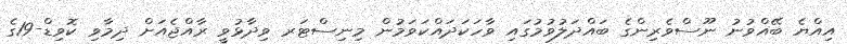
އިއްޔެ ބޭއްވުނު ނޫސްވެރިންގެ ބައްދަލުވުމުގައި ވާހަކަދައްކަވަމުން މިނިސްޓަރ ވިދާޅުވީ ރާއްޖެއަށް ދިމާވި ކޮވިޑް-19ގެ